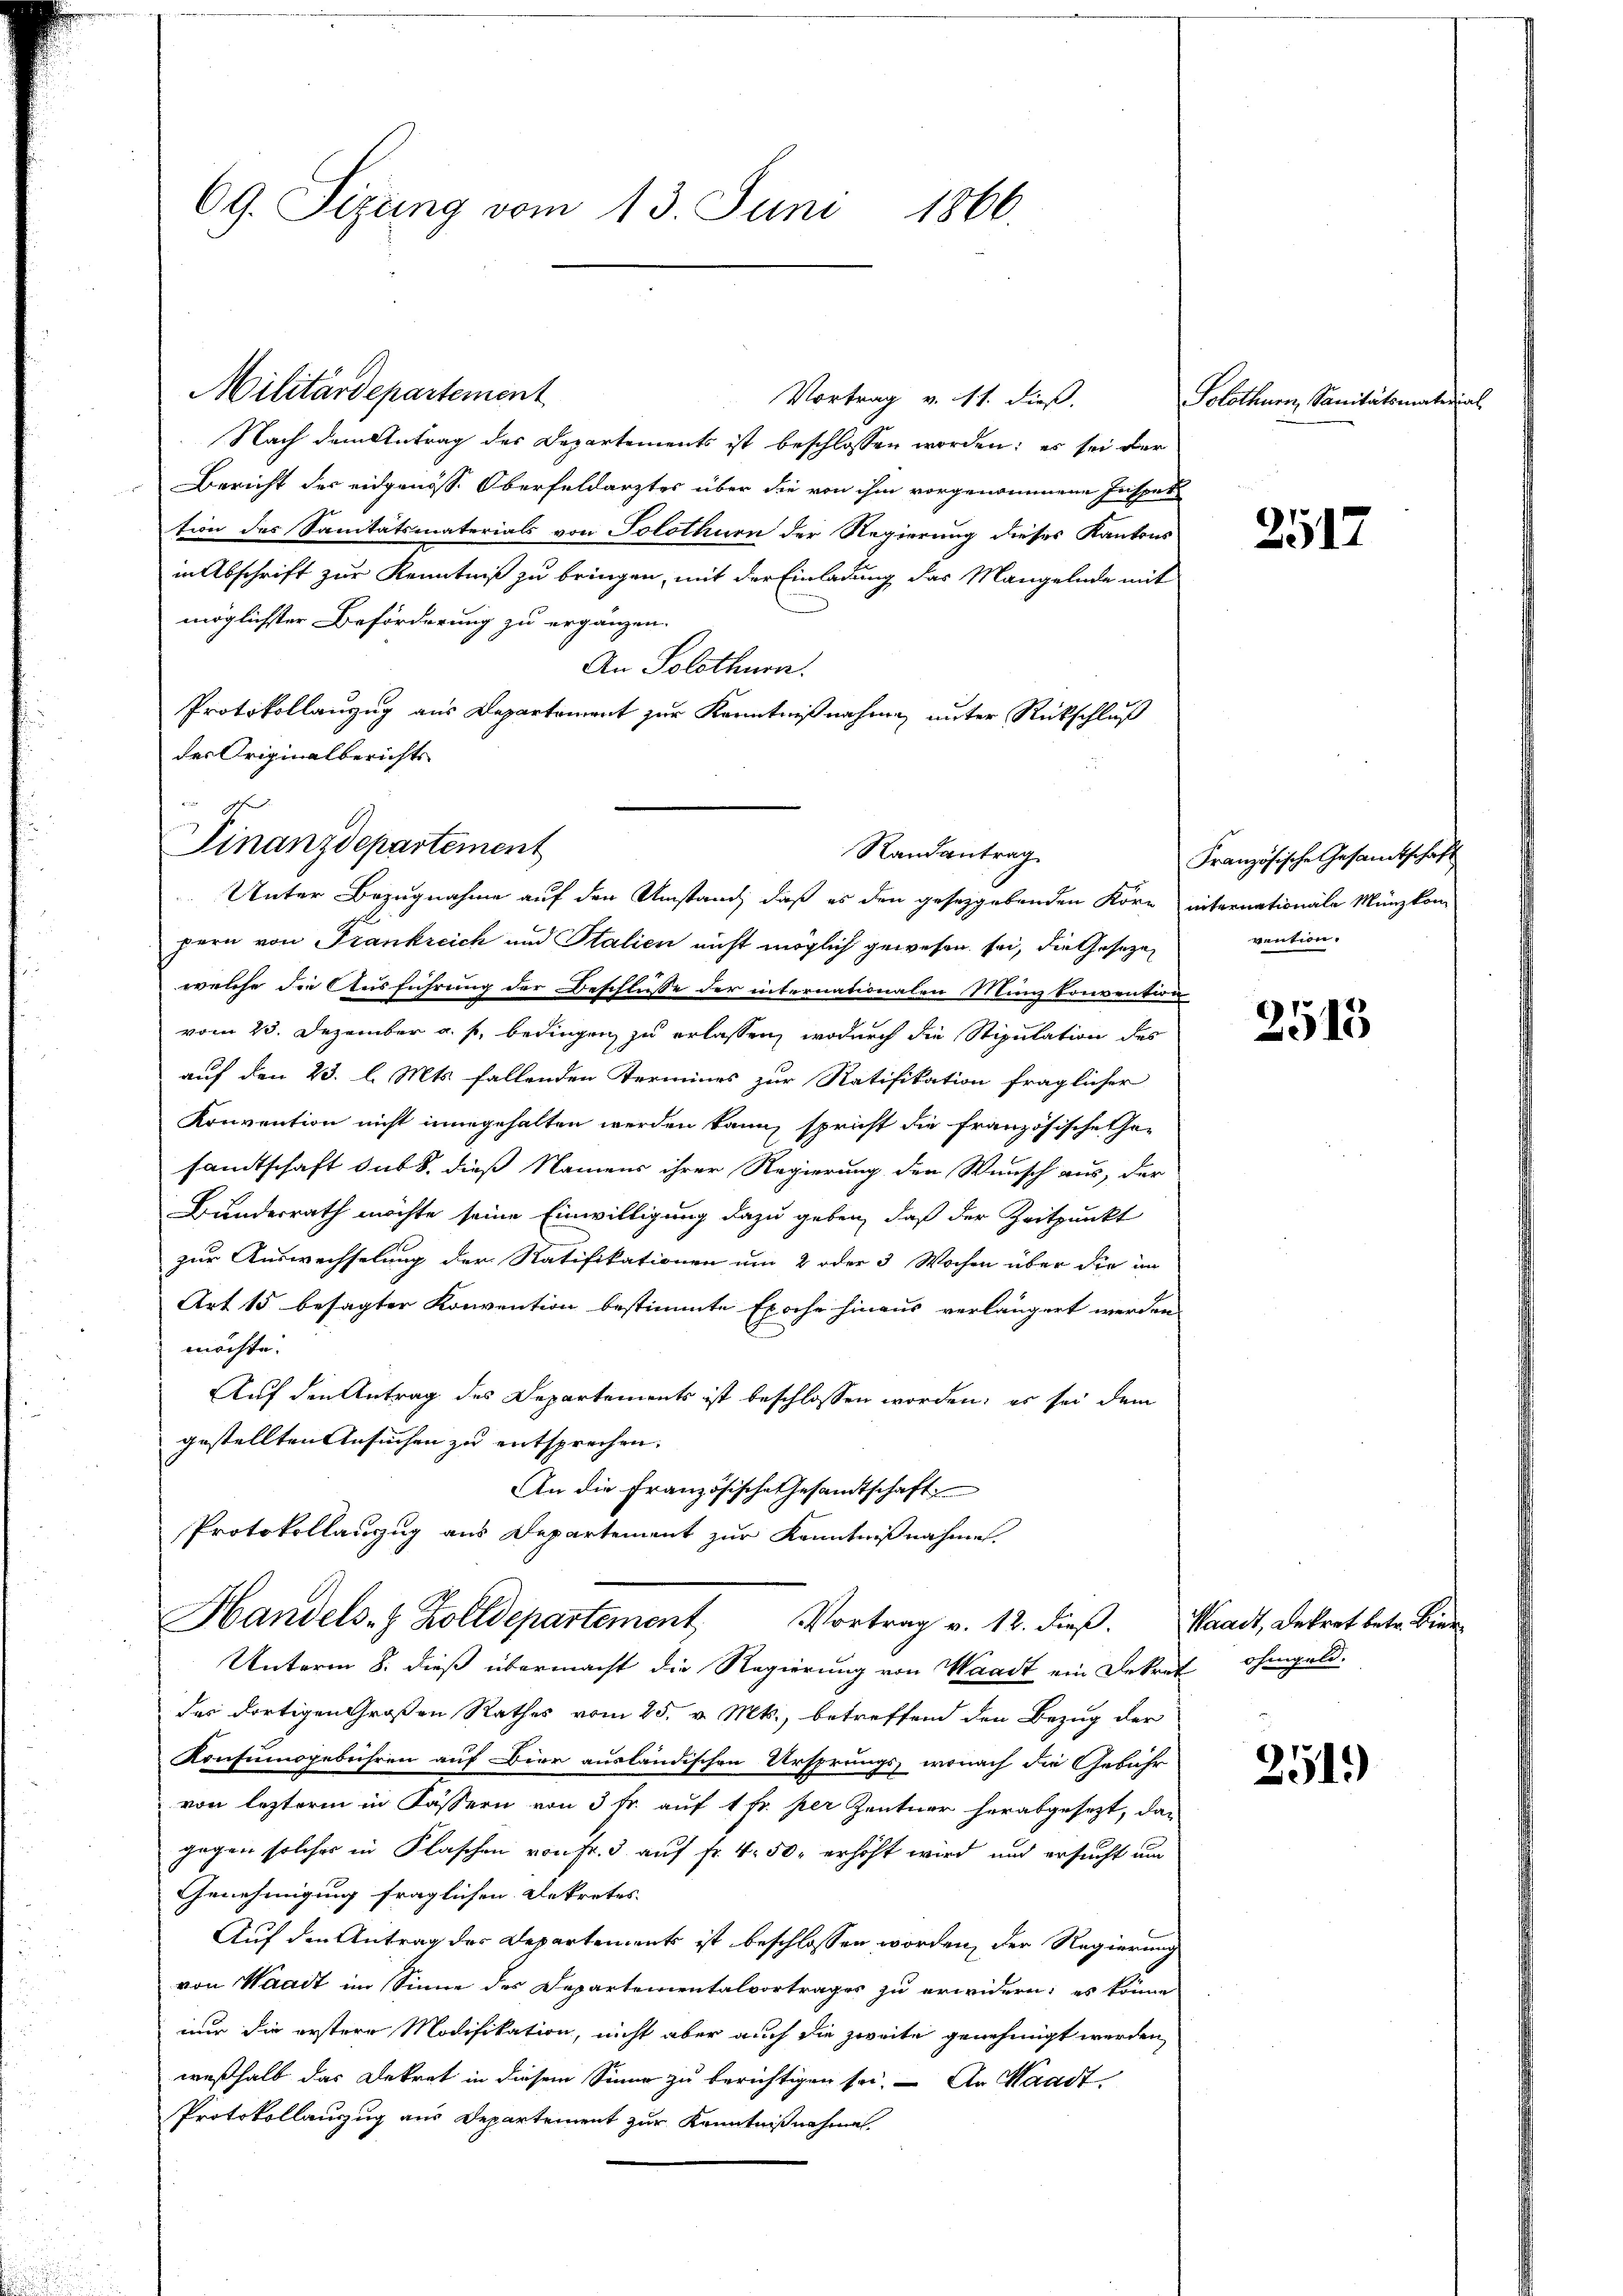
69. Sizung vom 13. Juni 1866.

Militärdepartement
Vortrag v. 11. dieß
Nach dem Antrag der Departements ist beschlossen worden; es sei der
Bericht der eidgenöss. Oberfeldarztes über die von ihm vorgenommene Insper
tion des Sanitätsmaterials von Solothurn der Regierung dieses Kantons
in Abschrift zur Kenntniß zu bringen, mit der Einladung das Mangelnde mit
möglichster Beförderung zu ergänzen.
An Solothurn.
Protokollanzug aus Departement zur Kenntnißnahme unter Rückschluß
des Originalberichts
fern von Frankreich und Stalien nicht möglich gewesen sei, die Geseze
welche die Ausführung der Beschlusse der internationalen Miniz konvention
vom 23. Dezember a. p. bedingen zu erlassen, wodurch die Stipulation des
auf den 23. l. Mts. fallenden Termines zur Ratifikation fraglicher
Konvention nicht innegehalten werden kann, spricht die französische Ge-
sandtschaft sub 8. dieß Namens ihrer Regierung den Wunsch aus, der
Bundesrath möchte seine Einwilligung dazu geben, daß der Zeitpunkt
zur Auswechselung der Ratifikationen um 2 oder 3 Wochen über die im
Art 15 besagter Konvention bestimmte Epoche hinaus verlängert werden
möchte.
Auf den Antrag des Departements ist beschlossen worden, es sei dem
gestellten Ansuchen zu entsprechen.
An die Französische Gesandtschaft
Protokollauszug aus Departement zur Kenntnißnahme.
Handels- & Zolldepartement, Vortrag v. 12. dieß.
Unterm 8. dieß übermacht die Regierung von Waadt ein Dekret ohngeld.
des dortigen Großen Rathes vom 25. v. Mts., betreffend den Bezug der
Konsumsgebühren auf Bier ausländischen Ursprungs wonach die Gebühr
von lezterm in Fässern von 3 Fr. auf 1 Fr. per Zentner herabgesezt, das
gegen solcher in Flaschen von Fr. 3 auf Fr. 4 50. erhöht wird, und ersucht um
Genehmigung fraglichen Dekretes
Auf den Antrag der Departements ist beschlossen worden, der Regierung
von Waadt im Sinne des Departementalvortrages zu erwidern; es könne
nur die erstere Modifikation, nicht aber auch die zweite genehmigt werden
weßhalb das Dekret in diesem Sinne zu berichtigen sei. – An Waadt,
Protokollauszug aus Departement zur Kenntnißnahme

Finanzdepartement
Randantrag
Unter Bezugnahme auf den Umstand, daß es den gesetzgebenden Korn internationale Münzkom

Solothurn, Sanitätsmaterial

2512

Französische Gesandtschaft
vention.

2513

Waadt, Dekret betr. Biede

251)